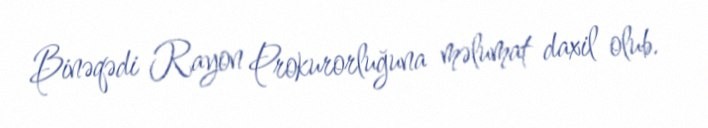
Binəqədi Rayon Prokurorluğuna məlumat daxil olub.